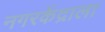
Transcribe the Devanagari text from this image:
नगरकेंद्राला